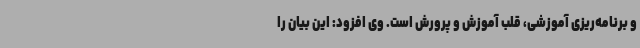
و برنامه‌ریزی آموزشی، قلب آموزش و پرورش است. وی افزود: این بیان را